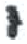
אות: י